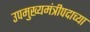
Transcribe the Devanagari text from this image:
उपमुख्यमंत्रीपदाच्या